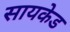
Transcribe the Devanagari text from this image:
सायकेड